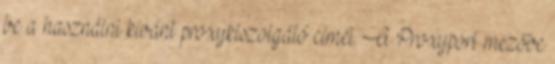
be a használni kívánt proxykiszolgáló címét. A Proxyport mezőbe